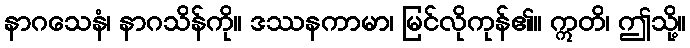
နာဂသေနံ၊ နာဂသိန်ကို။ ဒဿနကာမာ၊ မြင်လိုကုန်၏။ ဣတိ၊ ဤသို့။